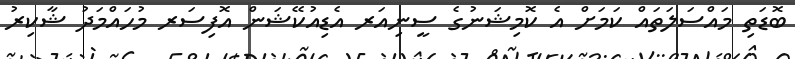
ބޮޑަތި މައްސަލަތައް ކަމަށް އެ ކޮމިޝަނުގެ ސީނިއަރ އެޑިއުކޭޝަން އޮފިސަރ މުހައްމަދު ޝާކިރު